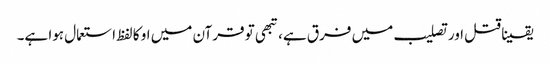
یقینا قتل اور تصلیب میں فرق ہے، تبھی تو قرآن میں او کا لفظ استعمال ہوا ہے۔